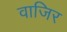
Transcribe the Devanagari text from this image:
वाजिर